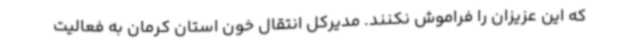
که این عزیزان را فراموش نکنند. مدیرکل انتقال خون استان کرمان به فعالیت